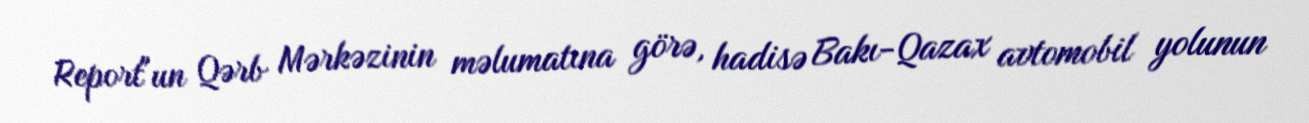
Report"un Qərb Mərkəzinin məlumatına görə, hadisə Bakı-Qazax avtomobil yolunun